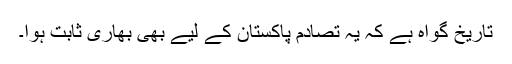
تاریخ گواہ ہے کہ یہ تصادم پاکستان کے لیے بھی بھاری ثابت ہوا۔